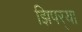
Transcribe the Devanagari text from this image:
झिपर्‍या